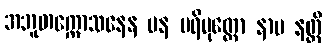
အဘူတက္ကောသနေန ပန ပရိမုတ္တော နာမ နတ္ထိ